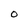
Character: O